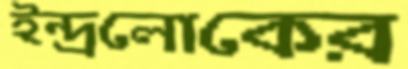
ইন্দ্রলোকের